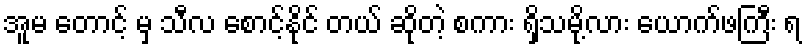
အူမ တောင့် မှ သီလ စောင့်နိုင် တယ် ဆိုတဲ့ စကား ရှိသမို့လား ယောက်ဖကြီး ရ